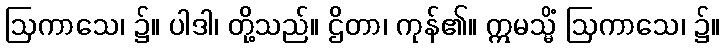
ဩကာသေ၊ ၌။ ပါဒါ၊ တို့သည်။ ဌိတာ၊ ကုန်၏။ ဣမသ္မိံ ဩကာသေ၊ ၌။